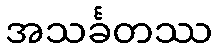
အသင်္ခတဿ